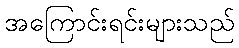
အကြောင်းရင်းများသည်